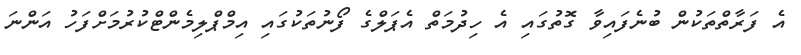
އެ ފަރާތްތަކުން ބުނެފައިވާ ގޮތުގައި އެ ހިދުމަތް އެޕަލްގެ ފޯނުތަކުގައި އިމްޕްލިމެންޓްކުރުމަށްފަހު އަންނަ